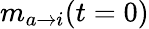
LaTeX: m_{a\rightarrow i}(t=0)